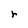
Character: r